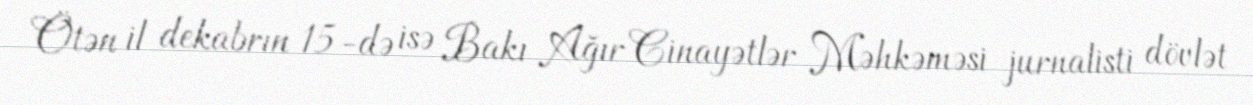
Ötən il dekabrın 15-də isə Bakı Ağır Cinayətlər Məhkəməsi jurnalisti dövlət